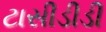
ટાસીડીડી